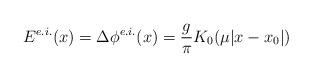
LaTeX: \begin{align*}E^{e.i.}(x) = \Delta\phi^{e.i.}(x) = \frac{g}{\pi}K_0(\mu|x-x_0|)\end{align*}